Insane asylums in Bengal annual reports 1867-1875 - 1867-1875
Year: 1867
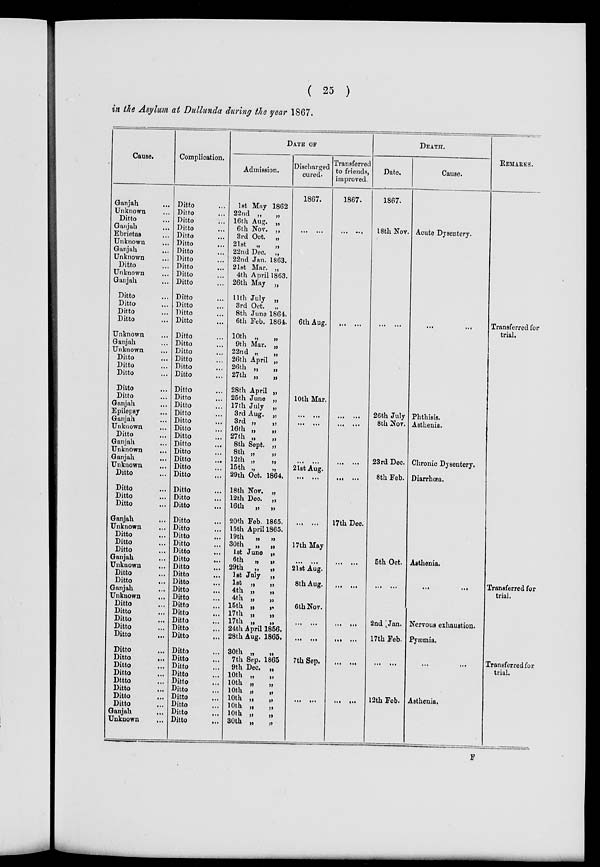
( 25 )
in the Asylum at Dullunda during the year 1867.
Cause.
Ganjah ...
Unknown ...
Ditto ...
Ganjah ...
Ebrietas ...
Unknown ...
Ganjah ...
Unknown ...
Ditto ...
Unknown ...
Ganjah ...
Ditto ...
Ditto ...
Ditto ...
Ditto ...
Unknown ...
Ganjah ...
Unknown ...
Ditto ...
Ditto ...
Ditto ...
Ditto ...
Ditto ...
Ganjah ...
Epilepsy ...
Ganjah ...
Unknown ...
Ditto ...
Ganjah ...
Unknown ...
Ganjah
...
Unknown ...
Ditto ...
Ditto ...
Ditto ...
Ditto ...
Ganjah ...
Unknown ...
Ditto ...
Ditto ...
Ditto ...
Ganjah ...
Unknown ...
Ditto ...
Ditto ...
Ganjah ...
Unknown ...
Ditto ...
Ditto ...
Ditto ...
Ditto ...
Ditto ...
Ditto ...
Ditto
...
Ditto ...
Ditto ...
Dttto ...
Ditto ...
Ditto ...
Ditto ...
Ganjah
...
Unknown
...
Complication.
Ditto ...
Ditto ...
Ditto ...
Ditto ...
Ditto ...
Ditto ...
Ditto ...
Ditto ...
Ditto ...
Ditto ...
Ditto ...
Ditto ...
Ditto ...
Ditto ...
Ditto ...
Ditto ...
Ditto ...
Ditto ...
Ditto ...
Ditto ...
Ditto ...
Ditto ...
Ditto ...
Ditto ...
Ditto ...
Ditto ...
Ditto ...
Ditto ...
Ditto ...
Ditto ...
Ditto ...
Ditto ...
Ditto ...
Ditto ...
Ditto ...
Ditto ...
Ditto ...
Ditto ...
Ditto ...
Ditto ...
Ditto ...
Ditto ...
Ditto ...
Ditto ...
Ditto ...
Ditto ...
Ditto ...
Ditto ...
Ditto ...
Ditto ...
Ditto ...
Ditto ...
Ditto ...
Ditto ...
Ditto ...
Ditto ...
Ditto ...
Ditto ...
Ditto ...
Ditto ...
Ditto ...
Ditto ...
DATE OF
Admission.
1st May 1862
22nd „
„
16th Aug. „
6th Nov. „
3rd Oct. „
21st „ „
22nd Dec. „
22nd Jan. 1863.
21st Mar. „
4th April 1863.
26th May „
11th July „
3rd Oct. „
8th June 1864.
6th Feb. 1864.
10th „
„
9th Mar. „
22nd „
„
26th April „
26th „
27th „
„
28th April „
25th June „
17th July „
3rd Aug. „
3rd „
„
16th „ „
27th „ „
8th Sept. „
8th „ „
12th
„
„
15th „
„
29th Oct. 1864.
18th Nov. „
12th Dec. „
16th „
„
20th Feb. 1865.
15th April 1865.
19th
„
„
30th „
„
1st June „
6th „
„
29th „
„
1st July „
1st „
„
4th „
„
4th „
„
15th „
„
17th „
„
17th „
„
24th April 1856.
28th Aug. 1865.
30th „
„
7th Sep. 1865
9th Dec. „
10th „
„
10th „
„
10th „
„
10th „
„
10th „
„
10th „
„
30th „
„
Discharged
cured.
1867.
...
...
6th Aug.
10th Mar.
... ...
... ...
...
...
21st Aug.
...
...
...
...
17th May
... ...
21st Aug.
8th Aug.
6th Nov.
...
...
...
...
7th Sep.
... ...
Transferred
to friends,
improved.
1867.
... ...
... ...
... ...
...
...
...
...
...
...
17th Dec.
...
...
... ...
...
...
...
...
...
...
...
...
DEATH.
Date.
1867.
18th Nov.
... ...
26th July
8th Nov.
23rd Dec.
8th Feb.
5th Oct.
... ...
2nd Jan.
17th Feb.
...
...
12th Feb.
Cause.
Acute Dysentery.
...
...
Phthisis.
Asthenia.
Chronic Dysentery.
Diarrhœa.
Asthenia.
...
...
Nervous exhaustion.
Pyæmia.
...
...
Asthenia.
REMARKS.
Transferred for
trial.
Transferred for
trial.
Transferred for
trial.
F